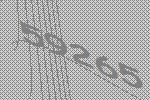
59265